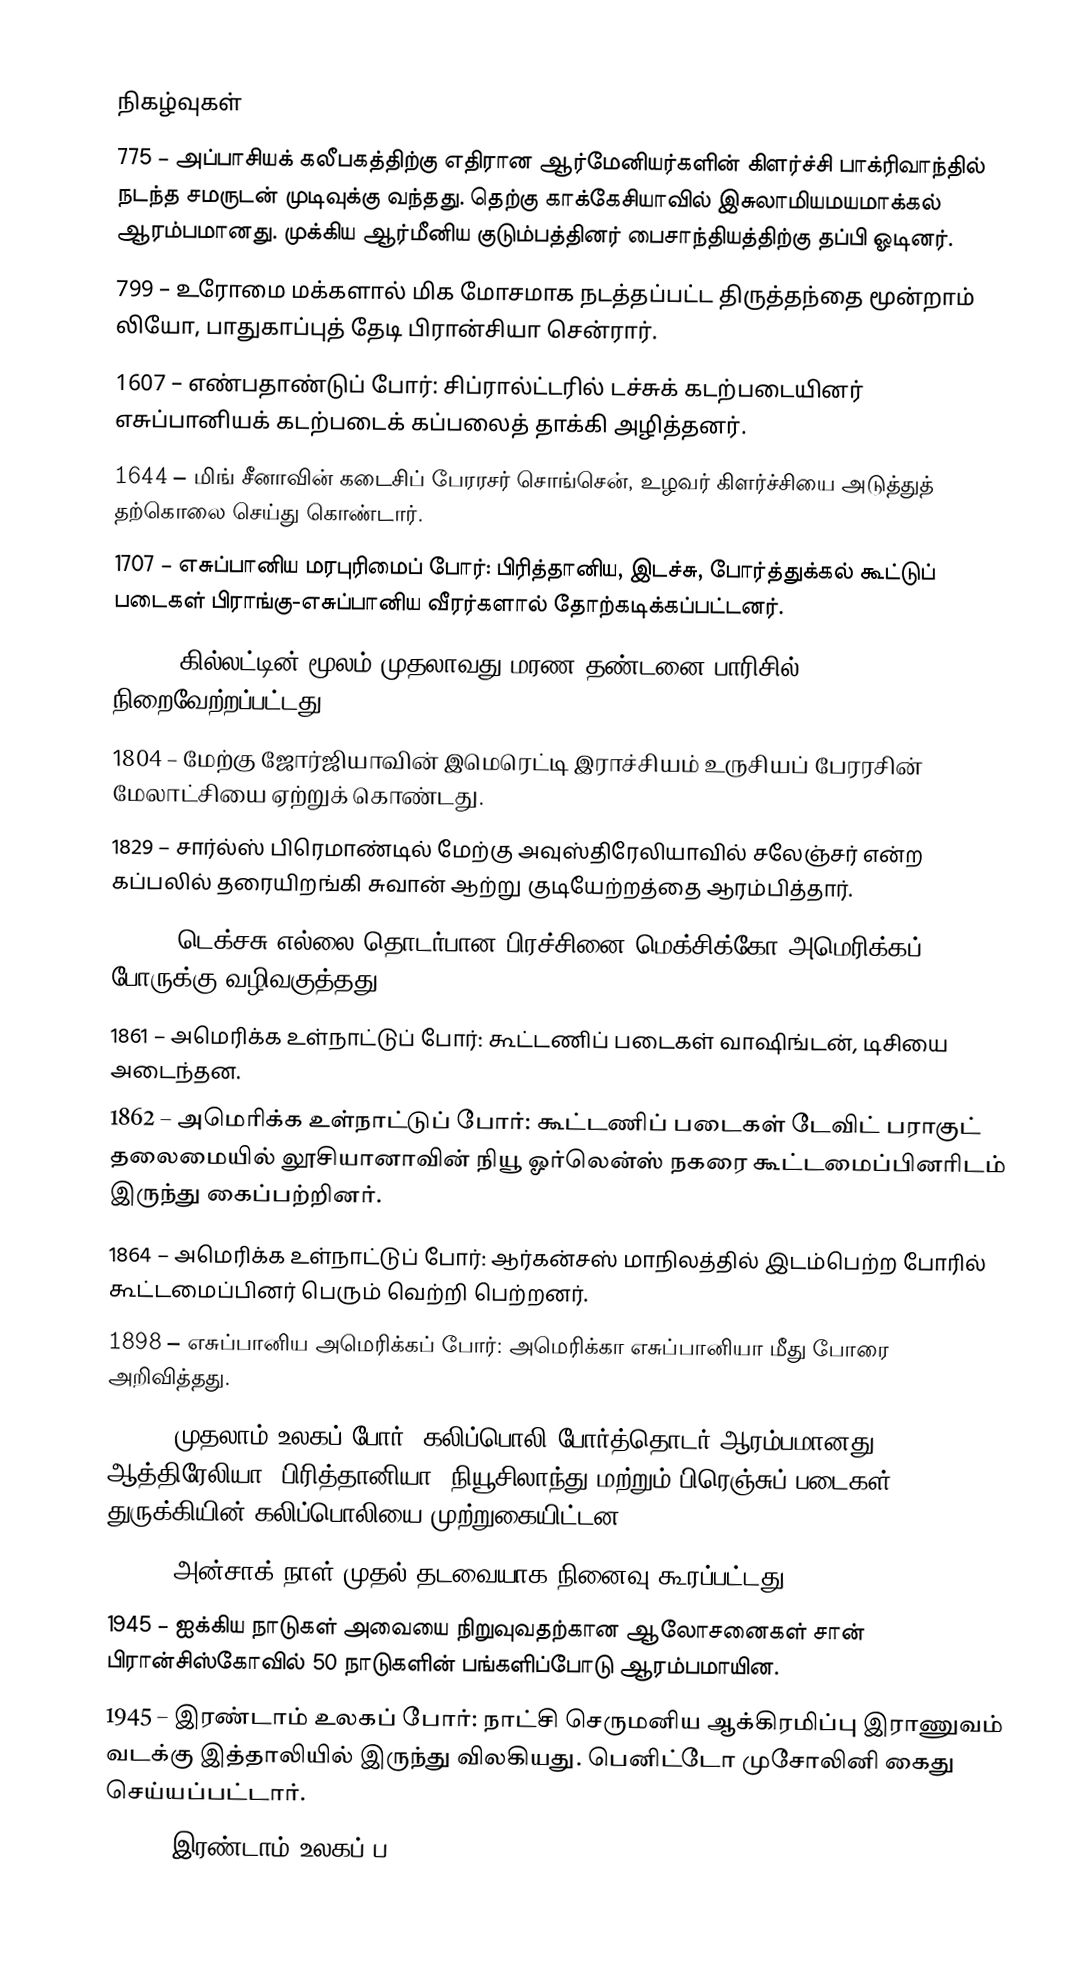

நிகழ்வுகள்
775 – அப்பாசியக் கலீபகத்திற்கு எதிரான ஆர்மேனியர்களின் கிளர்ச்சி பாக்ரிவாந்தில் நடந்த சமருடன் முடிவுக்கு வந்தது. தெற்கு காக்கேசியாவில் இசுலாமியமயமாக்கல் ஆரம்பமானது. முக்கிய ஆர்மீனிய குடும்பத்தினர் பைசாந்தியத்திற்கு தப்பி ஓடினர்.
799 – உரோமை மக்களால் மிக மோசமாக நடத்தப்பட்ட திருத்தந்தை மூன்றாம் லியோ, பாதுகாப்புத் தேடி பிரான்சியா சென்ரார்.
1607 – எண்பதாண்டுப் போர்: சிப்ரால்ட்டரில் டச்சுக் கடற்படையினர் எசுப்பானியக் கடற்படைக் கப்பலைத் தாக்கி அழித்தனர்.
1644 – மிங் சீனாவின் கடைசிப் பேரரசர் சொங்சென், உழவர் கிளர்ச்சியை அடுத்துத் தற்கொலை செய்து கொண்டார்.
1707 – எசுப்பானிய மரபுரிமைப் போர்: பிரித்தானிய, இடச்சு, போர்த்துக்கல் கூட்டுப் படைகள் பிராங்கு-எசுப்பானிய வீரர்களால் தோற்கடிக்கப்பட்டனர்.
1792 – கில்லட்டின் மூலம் முதலாவது மரண தண்டனை பாரிசில் நிறைவேற்றப்பட்டது.
1804 – மேற்கு ஜோர்ஜியாவின் இமெரெட்டி இராச்சியம் உருசியப் பேரரசின் மேலாட்சியை ஏற்றுக் கொண்டது.
1829 – சார்ல்ஸ் பிரெமாண்டில் மேற்கு அவுஸ்திரேலியாவில் சலேஞ்சர் என்ற கப்பலில் தரையிறங்கி சுவான் ஆற்று குடியேற்றத்தை ஆரம்பித்தார்.
1846 – டெக்சசு எல்லை தொடர்பான பிரச்சினை மெக்சிக்கோ-அமெரிக்கப் போருக்கு வழிவகுத்தது.
1861 – அமெரிக்க உள்நாட்டுப் போர்: கூட்டணிப் படைகள் வாஷிங்டன், டிசியை அடைந்தன.
1862 – அமெரிக்க உள்நாட்டுப் போர்: கூட்டணிப் படைகள் டேவிட் பராகுட் தலைமையில் லூசியானாவின் நியூ ஓர்லென்ஸ் நகரை கூட்டமைப்பினரிடம் இருந்து கைப்பற்றினர்.
1864 – அமெரிக்க உள்நாட்டுப் போர்: ஆர்கன்சஸ் மாநிலத்தில் இடம்பெற்ற போரில் கூட்டமைப்பினர் பெரும் வெற்றி பெற்றனர்.
1898 – எசுப்பானிய அமெரிக்கப் போர்: அமெரிக்கா எசுப்பானியா மீது போரை அறிவித்தது.
1915 – முதலாம் உலகப் போர்: கலிப்பொலி போர்த்தொடர் ஆரம்பமானது. ஆத்திரேலியா, பிரித்தானியா, நியூசிலாந்து மற்றும் பிரெஞ்சுப் படைகள் துருக்கியின் கலிப்பொலியை முற்றுகையிட்டன.
1916 – அன்சாக் நாள் முதல் தடவையாக நினைவு கூரப்பட்டது.
1945 – ஐக்கிய நாடுகள் அவையை நிறுவுவதற்கான ஆலோசனைகள் சான் பிரான்சிஸ்கோவில் 50 நாடுகளின் பங்களிப்போடு ஆரம்பமாயின.
1945 – இரண்டாம் உலகப் போர்: நாட்சி செருமனிய ஆக்கிரமிப்பு இராணுவம் வடக்கு இத்தாலியில் இருந்து விலகியது. பெனிட்டோ முசோலினி கைது செய்யப்பட்டார்.
1945 – இரண்டாம் உலகப் ப